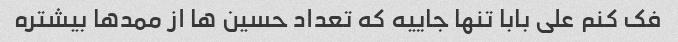
فک کنم علی بابا تنها جاییه که تعداد حسین ها از ممدها بیشتره